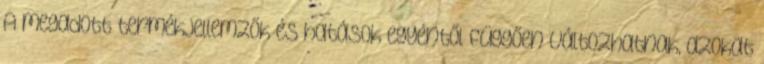
A megadott termékjellemzők és hatások egyéntől függően változhatnak, azokat